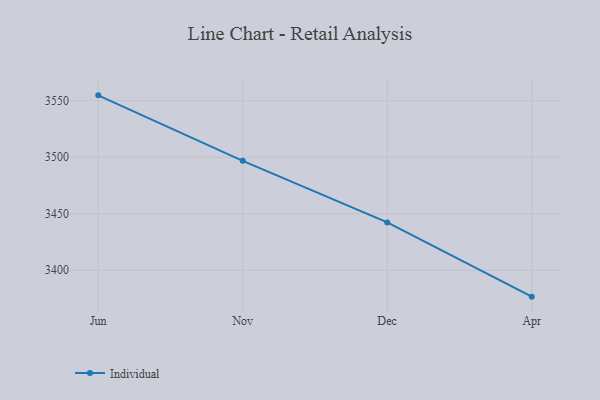
{"axis": {"x": "Month", "y": "Operating Costs (USD K)"}, "legend": ["Individual"], "data": [{"x": "Jun", "y": 3554.8, "type": "Individual"}, {"x": "Nov", "y": 3496.8, "type": "Individual"}, {"x": "Dec", "y": 3442.3, "type": "Individual"}, {"x": "Apr", "y": 3376.6, "type": "Individual"}]}